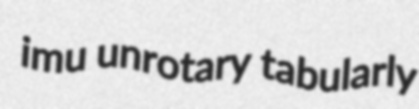
imu unrotary tabularly